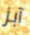
آبز